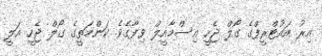
އިރު އައުޓްރީފްގެ ގޯލް ޖެހީ އިސްމާއީލް ވިފާގެވެ. ކަންމަތީގެ ގޯލް ޖެހީ އަލީ